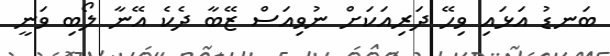
ބަނޑު އަޅައި ވިހޭ ދަރިއަކަށް ނުވިއަސް ޒޭބާ ދެކެ އޭނާ ލޯބި ވަނީ